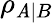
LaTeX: \rho_{\mathit{A}|B}